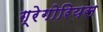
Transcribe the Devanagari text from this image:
ग्रेगोरियस